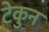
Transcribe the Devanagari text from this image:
टेकुन